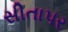
સીતાપર